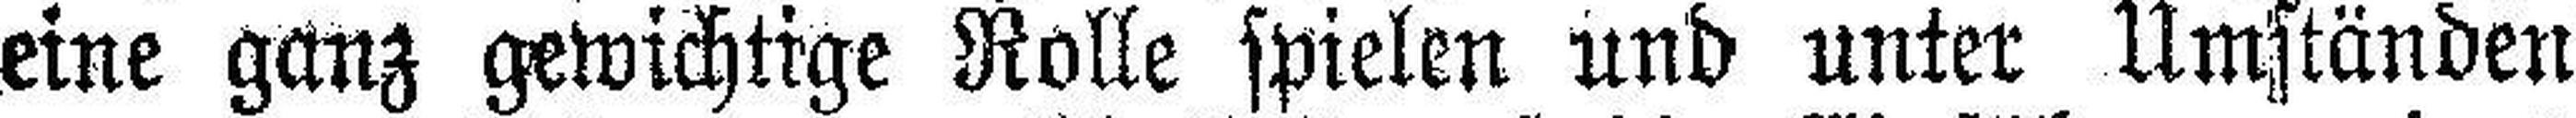
eine ganz gewichtige Rolle spielen und unter Umständen